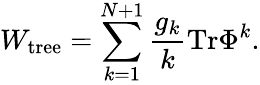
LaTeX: W_{\mathrm{tree}}=\sum_{k=1}^{N+1}\frac{g_{k}}{k}\mathrm{Tr}\Phi^{k}.